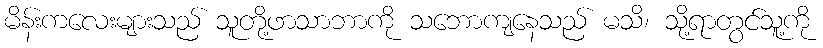
မိန်းကလေးများသည် သူတို့ဖာသာဘာကို သဘောကျနေသည် မသိ၊ သို့ရာတွင်သူ့ကို